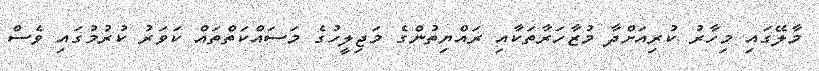
މާލޭގައި މިހާރު ކުރިއަށްދާ މުޒާހަރާތަކާއި ރައްޔިތުންގެ މަޖިލީހުގެ މަސައްކަތްތައް ކަވަރު ކުރުމުގައި ވެސް